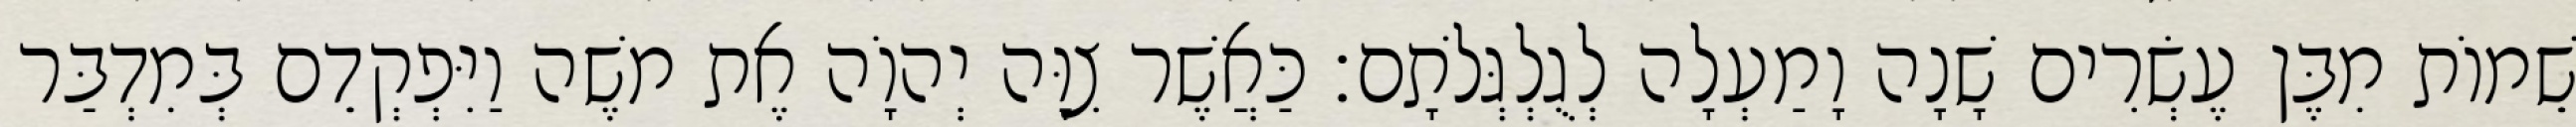
שֵׁמוֹת מִבֶּן עֶשְׂרִים שָׁנָה וָמַעְלָה לְגֻלְגְּלֹתָם׃ כַּאֲשֶׁר צִוָּה יְהוָֹה אֶת משֶׁה וַיִּפְקְדֵם בְּמִדְבַּר